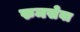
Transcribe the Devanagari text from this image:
रुमसेवा